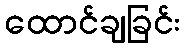
ထောင်ချခြင်း